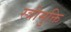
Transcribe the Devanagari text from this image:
स्त्रीमुक्ति